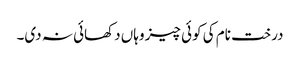
درخت نام کی کوئی چیز وہاں دکھائی نہ دی۔